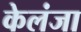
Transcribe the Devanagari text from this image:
केलंजा